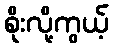
စိုးလို့ကွယ့်